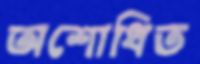
অশোধিত